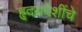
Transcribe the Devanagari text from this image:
हृदयपेशींचे